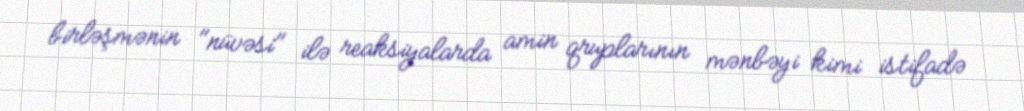
birləşmənin "nüvəsi" ilə reaksiyalarda amin qruplarının mənbəyi kimi istifadə